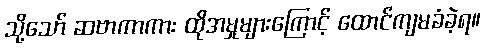
သို့သော် ဆဗာကာကား ထိုအမှုများကြောင့် ထောင်ကျမခံခဲ့ရ။